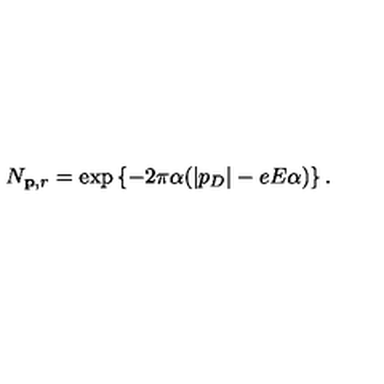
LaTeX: N _ { { \bf p } , r } = \exp \left\{ - 2 \pi \alpha ( | p _ { D } | - e E \alpha ) \right\} .